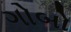
ગોબો